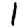
Digit: 1